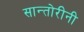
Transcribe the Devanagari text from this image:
सान्तोरीनी